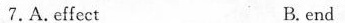
7,A.effect B. end